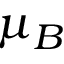
\mu _ { B }